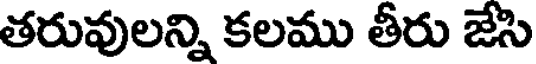
తరువులన్ని కలము తీరు జేసి